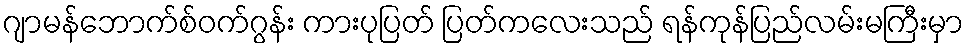
ဂျာမန်ဘောက်စ်ဝက်ဂွန်း ကားပုပြတ် ပြတ်ကလေးသည် ရန်ကုန်ပြည်လမ်းမကြီးမှာ